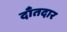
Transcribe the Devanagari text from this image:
दाँतदार